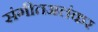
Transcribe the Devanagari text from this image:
संगीतअलंकर